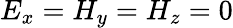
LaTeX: E_{x}=H_{y}=H_{z}=0